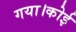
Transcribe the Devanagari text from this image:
गया।कोई